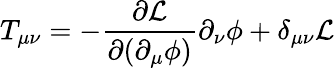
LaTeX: T_{\mu\nu}=-\frac{\partial\mathcal{L}}{\partial(\partial_{\mu}\phi)}\partial_{\nu}\phi+\delta_{\mu\nu}\mathcal{L}